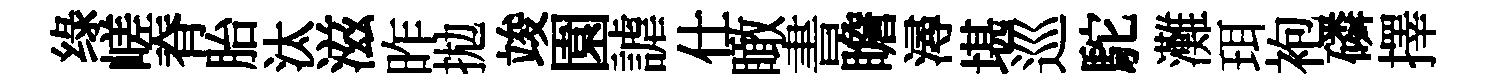
绿嵯脊胎汰滋昨拋竣園謔仕瞰書瞻潯堪巡駝灘珥袍磷擇